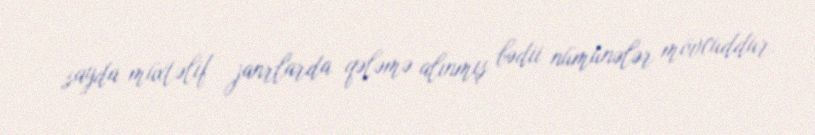
sayda müxtəlif janrlarda qələmə alınmış bədii nümunələr mövcuddur.